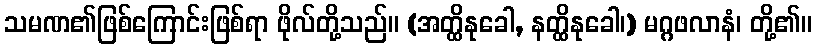
သမဏ၏ဖြစ်ကြောင်းဖြစ်ရာ ဖိုလ်တို့သည်။ (အတ္ထိနုခေါ, နတ္ထိနုခေါ၊) မဂ္ဂဖလာနံ၊ တို့၏။